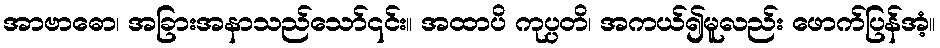
အာဗာဓော၊ အခြားအနာသည်သော်၎င်း။ အထာပိ ကုပ္ပတိ၊ အကယ်၍မူလည်း ဖောက်ပြန်အံ့။